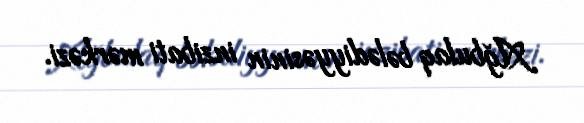
Ağbulaq bələdiyyəsinin inzibati mərkəzi.